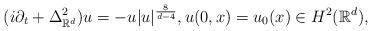
LaTeX: \begin{align*} (i\partial_t+\Delta^{2}_{\mathbb{R}^d})u = - u|u|^{\frac{8}{d-4}}, u(0,x)=u_0(x) \in H^2(\mathbb{R}^d),\end{align*}